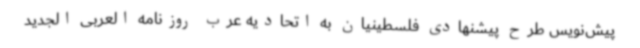
پیش‌نویس طرح پیشنهادی فلسطینیان به اتحادیه عرب روزنامه العربی الجدید